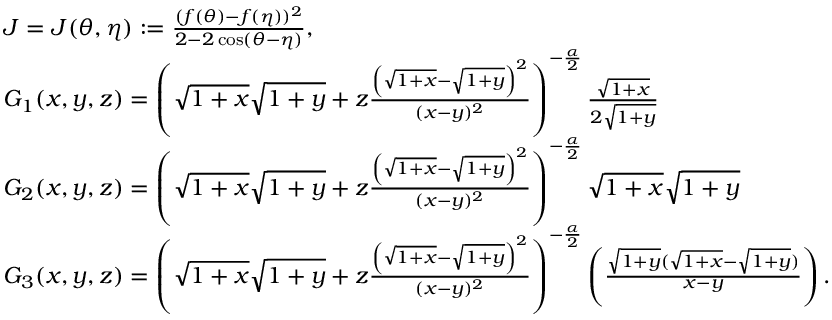
\begin{array} { r l } & { { J } = J ( \theta , \eta ) : = \frac { ( f ( \theta ) - f ( \eta ) ) ^ { 2 } } { 2 - 2 \cos ( \theta - \eta ) } , } \\ & { G _ { 1 } ( x , y , z ) = \left( \sqrt { 1 + x } \sqrt { 1 + y } + z \frac { \left( \sqrt { 1 + x } - \sqrt { 1 + y } \right) ^ { 2 } } { ( x - y ) ^ { 2 } } \right) ^ { - \frac { \alpha } { 2 } } \frac { \sqrt { 1 + x } } { 2 \sqrt { 1 + y } } } \\ & { G _ { 2 } ( x , y , z ) = \left( \sqrt { 1 + x } \sqrt { 1 + y } + z \frac { \left( \sqrt { 1 + x } - \sqrt { 1 + y } \right) ^ { 2 } } { ( x - y ) ^ { 2 } } \right) ^ { - \frac { \alpha } { 2 } } \sqrt { 1 + x } \sqrt { 1 + y } } \\ & { G _ { 3 } ( x , y , z ) = \left( \sqrt { 1 + x } \sqrt { 1 + y } + z \frac { \left( \sqrt { 1 + x } - \sqrt { 1 + y } \right) ^ { 2 } } { ( x - y ) ^ { 2 } } \right) ^ { - \frac { \alpha } { 2 } } \left( \frac { \sqrt { 1 + y } ( \sqrt { 1 + x } - \sqrt { 1 + y } ) } { x - y } \right) . } \end{array}